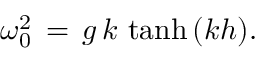
\omega _ { 0 } ^ { 2 } \, = \, g \, k \, \operatorname { t a n h } \, ( k h ) .